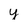
Character: y